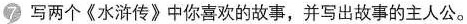
7 写两个《水浒传》中你喜欢的故事，并写出故事的主人公。